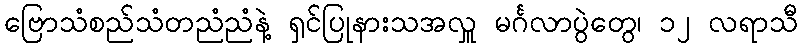
ဗြောသံစည်သံတညံညံနဲ့ ရှင်ပြုနားသအလှူ မင်္ဂလာပွဲတွေ၊ ၁၂ လရာသီ